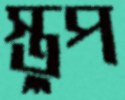
স্তুপ